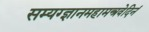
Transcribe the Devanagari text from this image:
सम्यग्ज्ञानमहामन्त्रवेदिनं